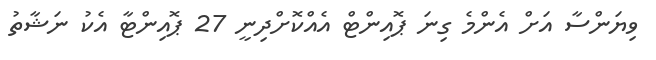
ވިޔަންސާ އަށް އެންމެ ގިނަ ޕޮއިންޓް އެއްކޮށްދިނީ 27 ޕޮއިންޓާ އެކު ނަޝާތު